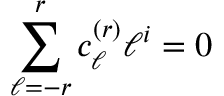
\sum _ { \ell = - r } ^ { r } c _ { \ell } ^ { ( r ) } \ell ^ { i } = 0